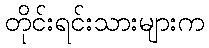
တိုင်းရင်းသားများက